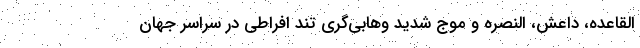
القاعده، داعش، النصره و موج شديد وهابي‌گري تند افراطي در سراسر جهان